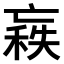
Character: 𠅼